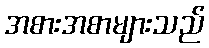
အစားအစာများသည်